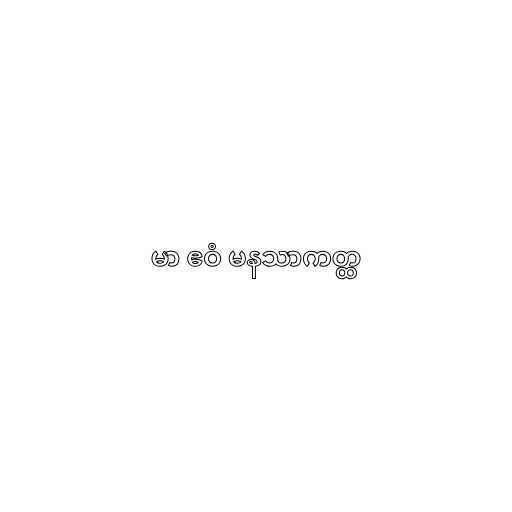
မာ ဧဝံ မနသာကတ္ထ